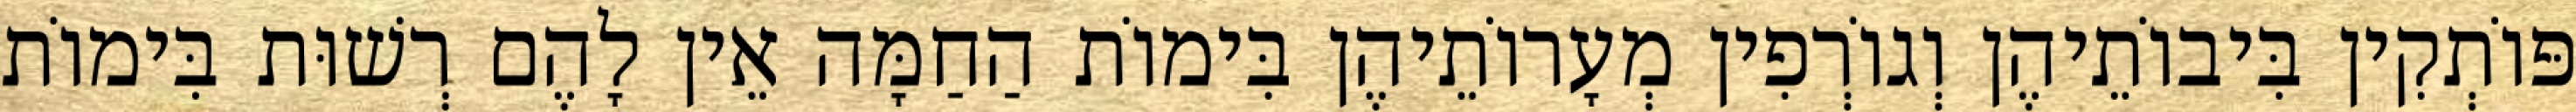
פּוֹתְקִין בִּיבוֹתֵיהֶן וְגוֹרְפִין מְעָרוֹתֵיהֶן בִּימוֹת הַחַמָּה אֵין לָהֶם רְשׁוּת בִּימוֹת